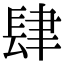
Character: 肆